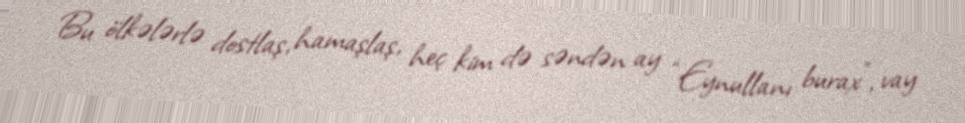
Bu ölkələrlə dostlaş, hamaşlaş, heç kim də səndən ay “Eynullanı burax”, vay